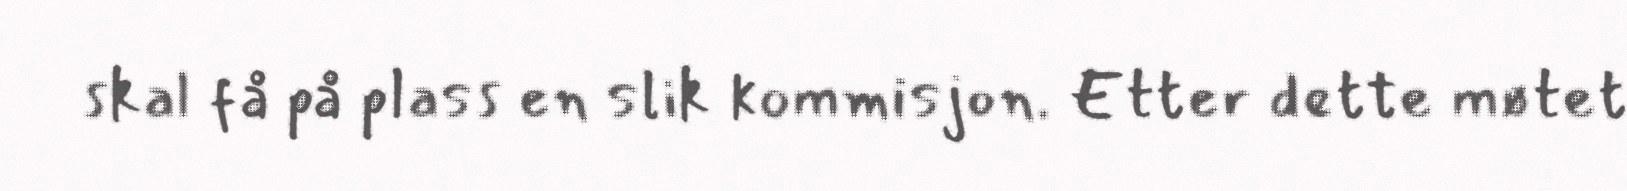
skal få på plass en slik kommisjon. Etter dette møtet